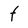
Character: f